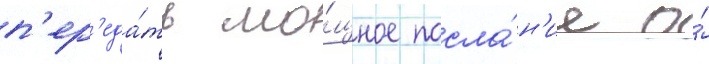
п'ер'еда́ть мо́щное посла́н'ие о́